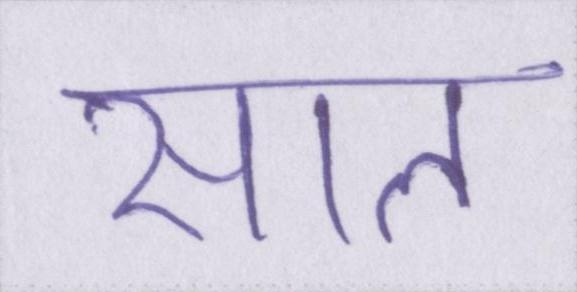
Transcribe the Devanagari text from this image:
साल